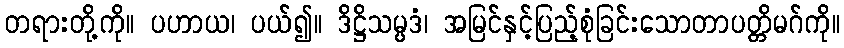
တရားတို့ကို။ ပဟာယ၊ ပယ်၍။ ဒိဋ္ဌိသမ္ပဒံ၊ အမြင်နှင့်ပြည့်စုံခြင်းသောတာပတ္တိမဂ်ကို။